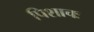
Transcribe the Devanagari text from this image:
पिशाचः